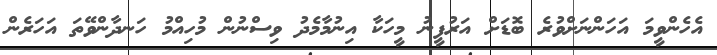
އެހެންވީމަ އަހަންނަށްވުރެ ބޮޑަށް އަރުފީނު މީހަކާ އިނުމާމެދު ވިސްނުން މުހިއްމު ހަނދާންވޭތަ އަހަރެން